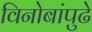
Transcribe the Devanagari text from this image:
विनोबांपुढे